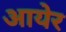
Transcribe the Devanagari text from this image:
आयेर